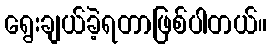
ရွေးချယ်ခဲ့ရတာဖြစ်ပါတယ်။